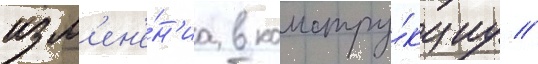
изм'ен'е́н'иа в констру́кциу //